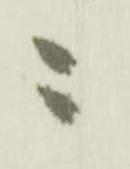
ニ